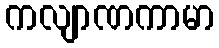
ကလျာဏကာမာ